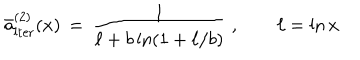
\bar { a } _ { \mathrm { i t e r } } ^ { ( 2 ) } ( x ) \, = \, \frac { 1 } { \ell + b \ln ( 1 + \ell / b ) } ~ , \qquad \ell = \ln x \,